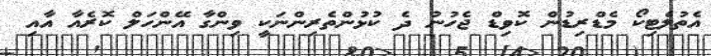
އެތުލެޓިކޯ މެޑްރިޑުން ކޮވިޑް ޖެހުނު ދެ ކުޅުންތެރިންނަކީ ވިންގާ އޭންހަލް ކޮރެއާ އާއި